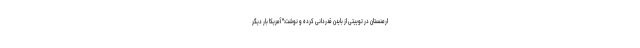
ارمنستان در توییتی از بایدن قدردانی کرده و نوشت:" آمریکا بار دیگر